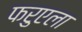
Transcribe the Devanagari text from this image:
फरुएला